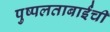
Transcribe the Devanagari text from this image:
पुष्पलताबाईंची